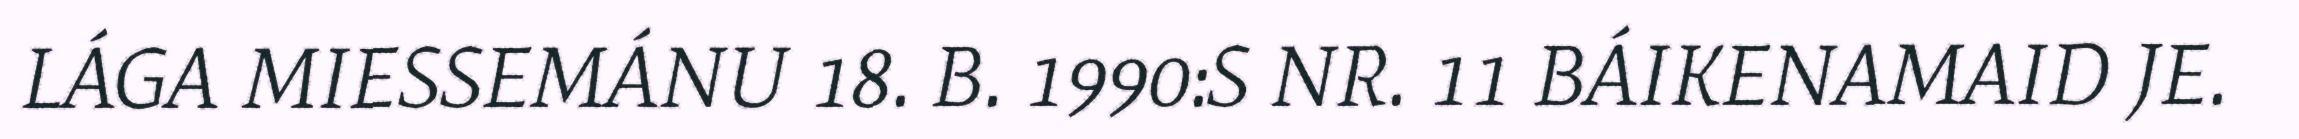
LÁGA MIESSEMÁNU 18. B. 1990:S NR. 11 BÁIKENAMAID JE.